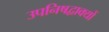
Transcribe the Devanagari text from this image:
उपनिषद्वाक्यों